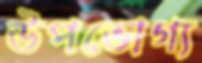
উপভোগ্য